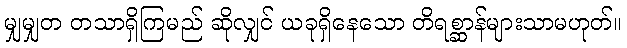
မျှမျှတ တသာရှိကြမည် ဆိုလျှင် ယခုရှိနေသော တိရစ္ဆာန်များသာမဟုတ်။